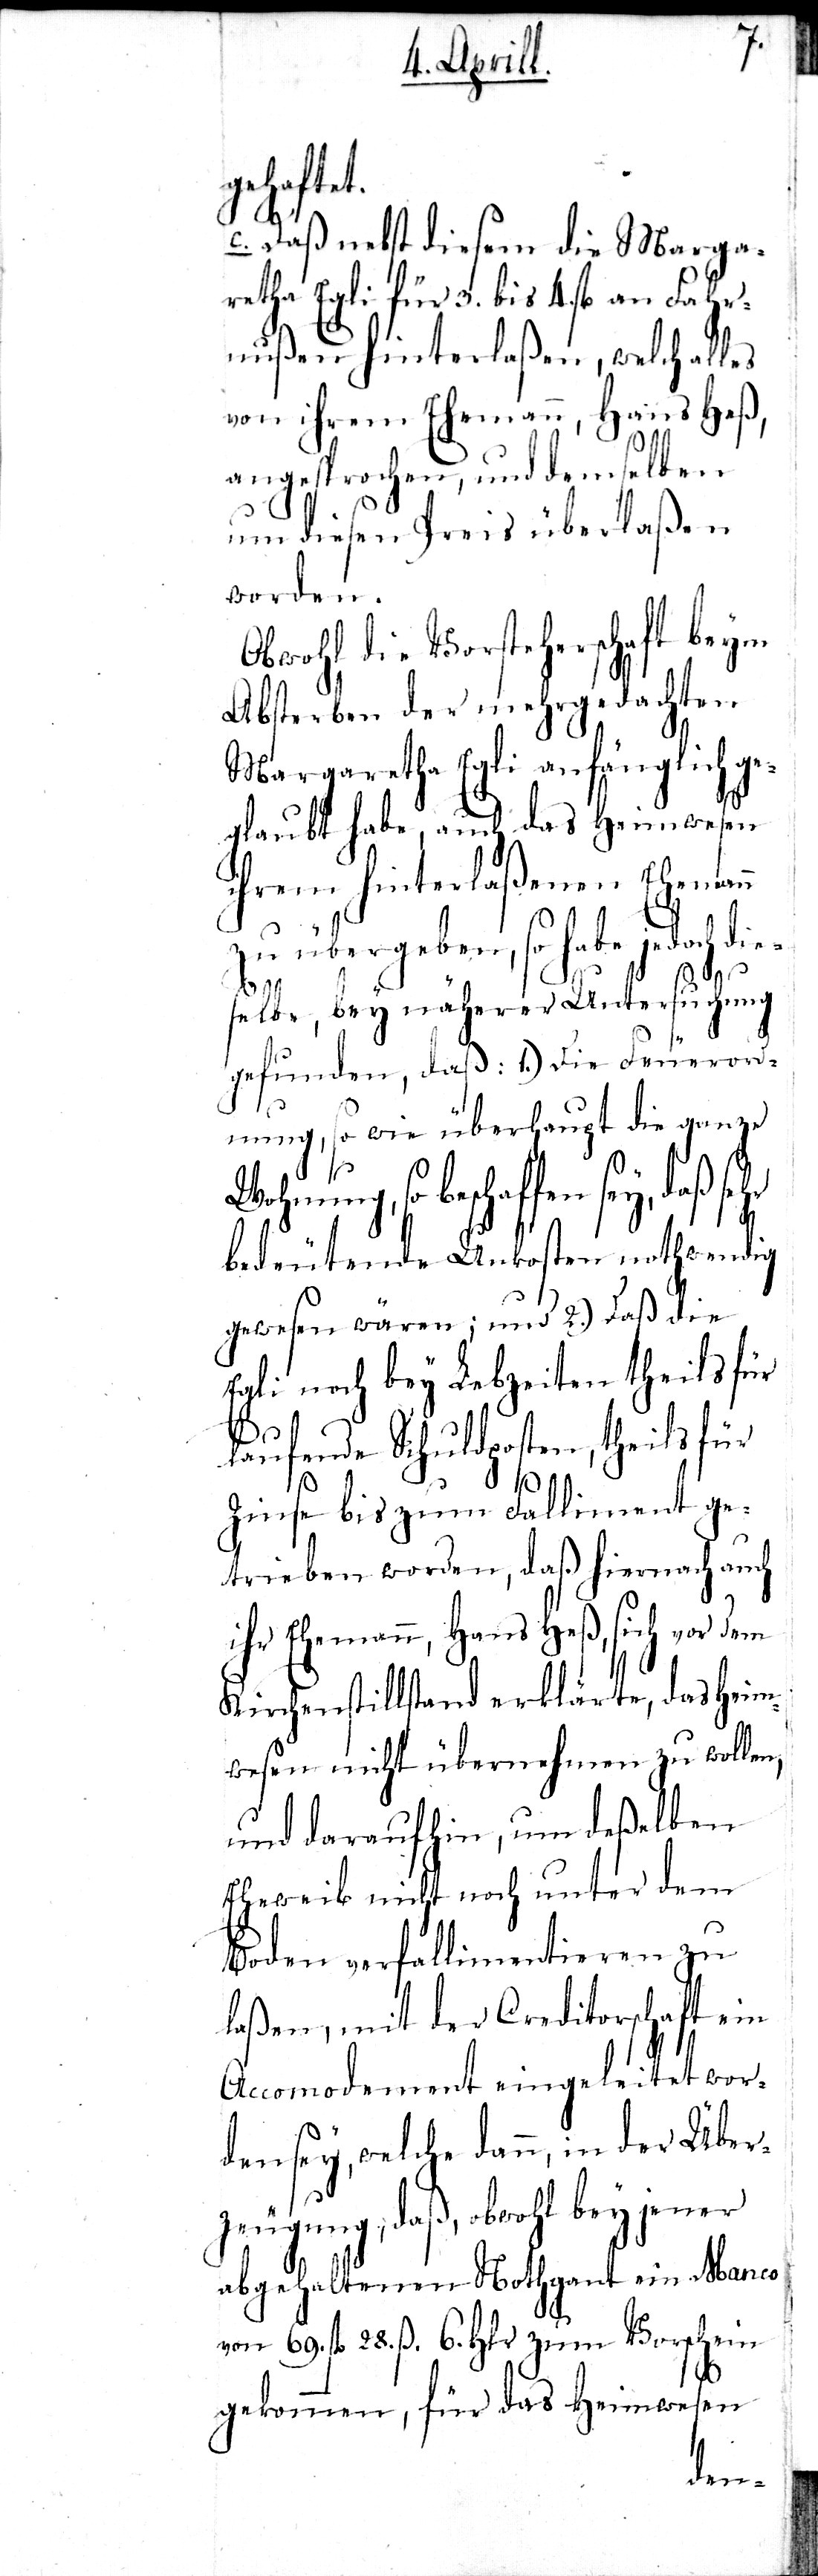
n, theils
haft
c. Daß nebst diesem die Marga¬
retha Egli für 3. bis 4. fl. an Fahr¬
nußen hinterlaßen, welch alles
von ihrem Ehemann, Hans Heß,
er¬
angesprochen, und dems¬
ßen
um diesen Preis überla¬
worden.
sey,
Obwohl die Vorstehersc¬
Absterben der mehrge¬
Margaretha Egli anf¬
mwesen
glaubt habe, auch das H¬
ihrem hinterlaßenen Ehema¬
zu übergeben, so habe jedoch die¬
daß
suchung
selbe, bey näherer Unt¬
gefunden, daß: 1.) Die Feuerord¬
nung, so wie überhaupt die ganze
not¬
Wohnung, so beschaffen
hwendig
bedeutende Unkosten
nn
gewesen wären; und 2.)
die
Egli noch bey Lebzeiten
für
laufende Schuldposte¬
nt ge¬
Zinse bis zum Fallime¬
trieben worden, daß hiernach auch
ihr Ehemann, Hans Heß, sich vor dem
Kirchenstillstand erklärte, das Heim¬
wesen nicht übernehmen zu wollen,
und daraufhin, um deßelben
Eheweib nicht noch unter dem
Boden verfallimentieren zu
laßen, mit der Creditorschaft ein
Accomodement eingeleitet wor¬
den sey, welche dann, in der Über¬
zeugung, daß, obwohl bey jener
abgehaltenen Nothgant ein Manco
von 69. fl. 28. ß. 6. Hlr. zum Vorschein
gekommen, für das Heimwesen